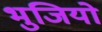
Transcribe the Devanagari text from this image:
भुजियो